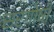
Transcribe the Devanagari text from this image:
सरगोषी